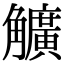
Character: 𧥌